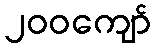
၂၀၀ကျော်